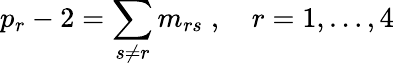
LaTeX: p_{r}-2=\sum_{s\neq r}m_{rs}\; ,\quad r=1,\ldots,4